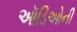
ઑડિઓની